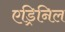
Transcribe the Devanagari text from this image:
एड्रिनिल